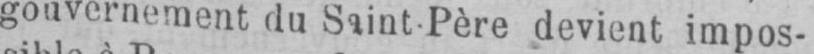
gouvernement du Saint Père devient impos-